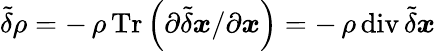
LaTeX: \tilde{\delta}\rho=-\, \rho\, \mathrm{Tr}\left(\partial\tilde{\delta}\boldsymbol x/\partial\boldsymbol x\right)=-\, \rho\, \mathrm{div}\, \tilde{\delta}\boldsymbol x